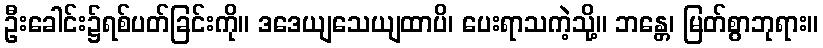
ဦးခေါင်း၌ရစ်ပတ်ခြင်းကို။ ဒဒေယျသေယျထာပိ၊ ပေးရာသကဲ့သို့။ ဘန္တေ၊ မြတ်စွာဘုရား။